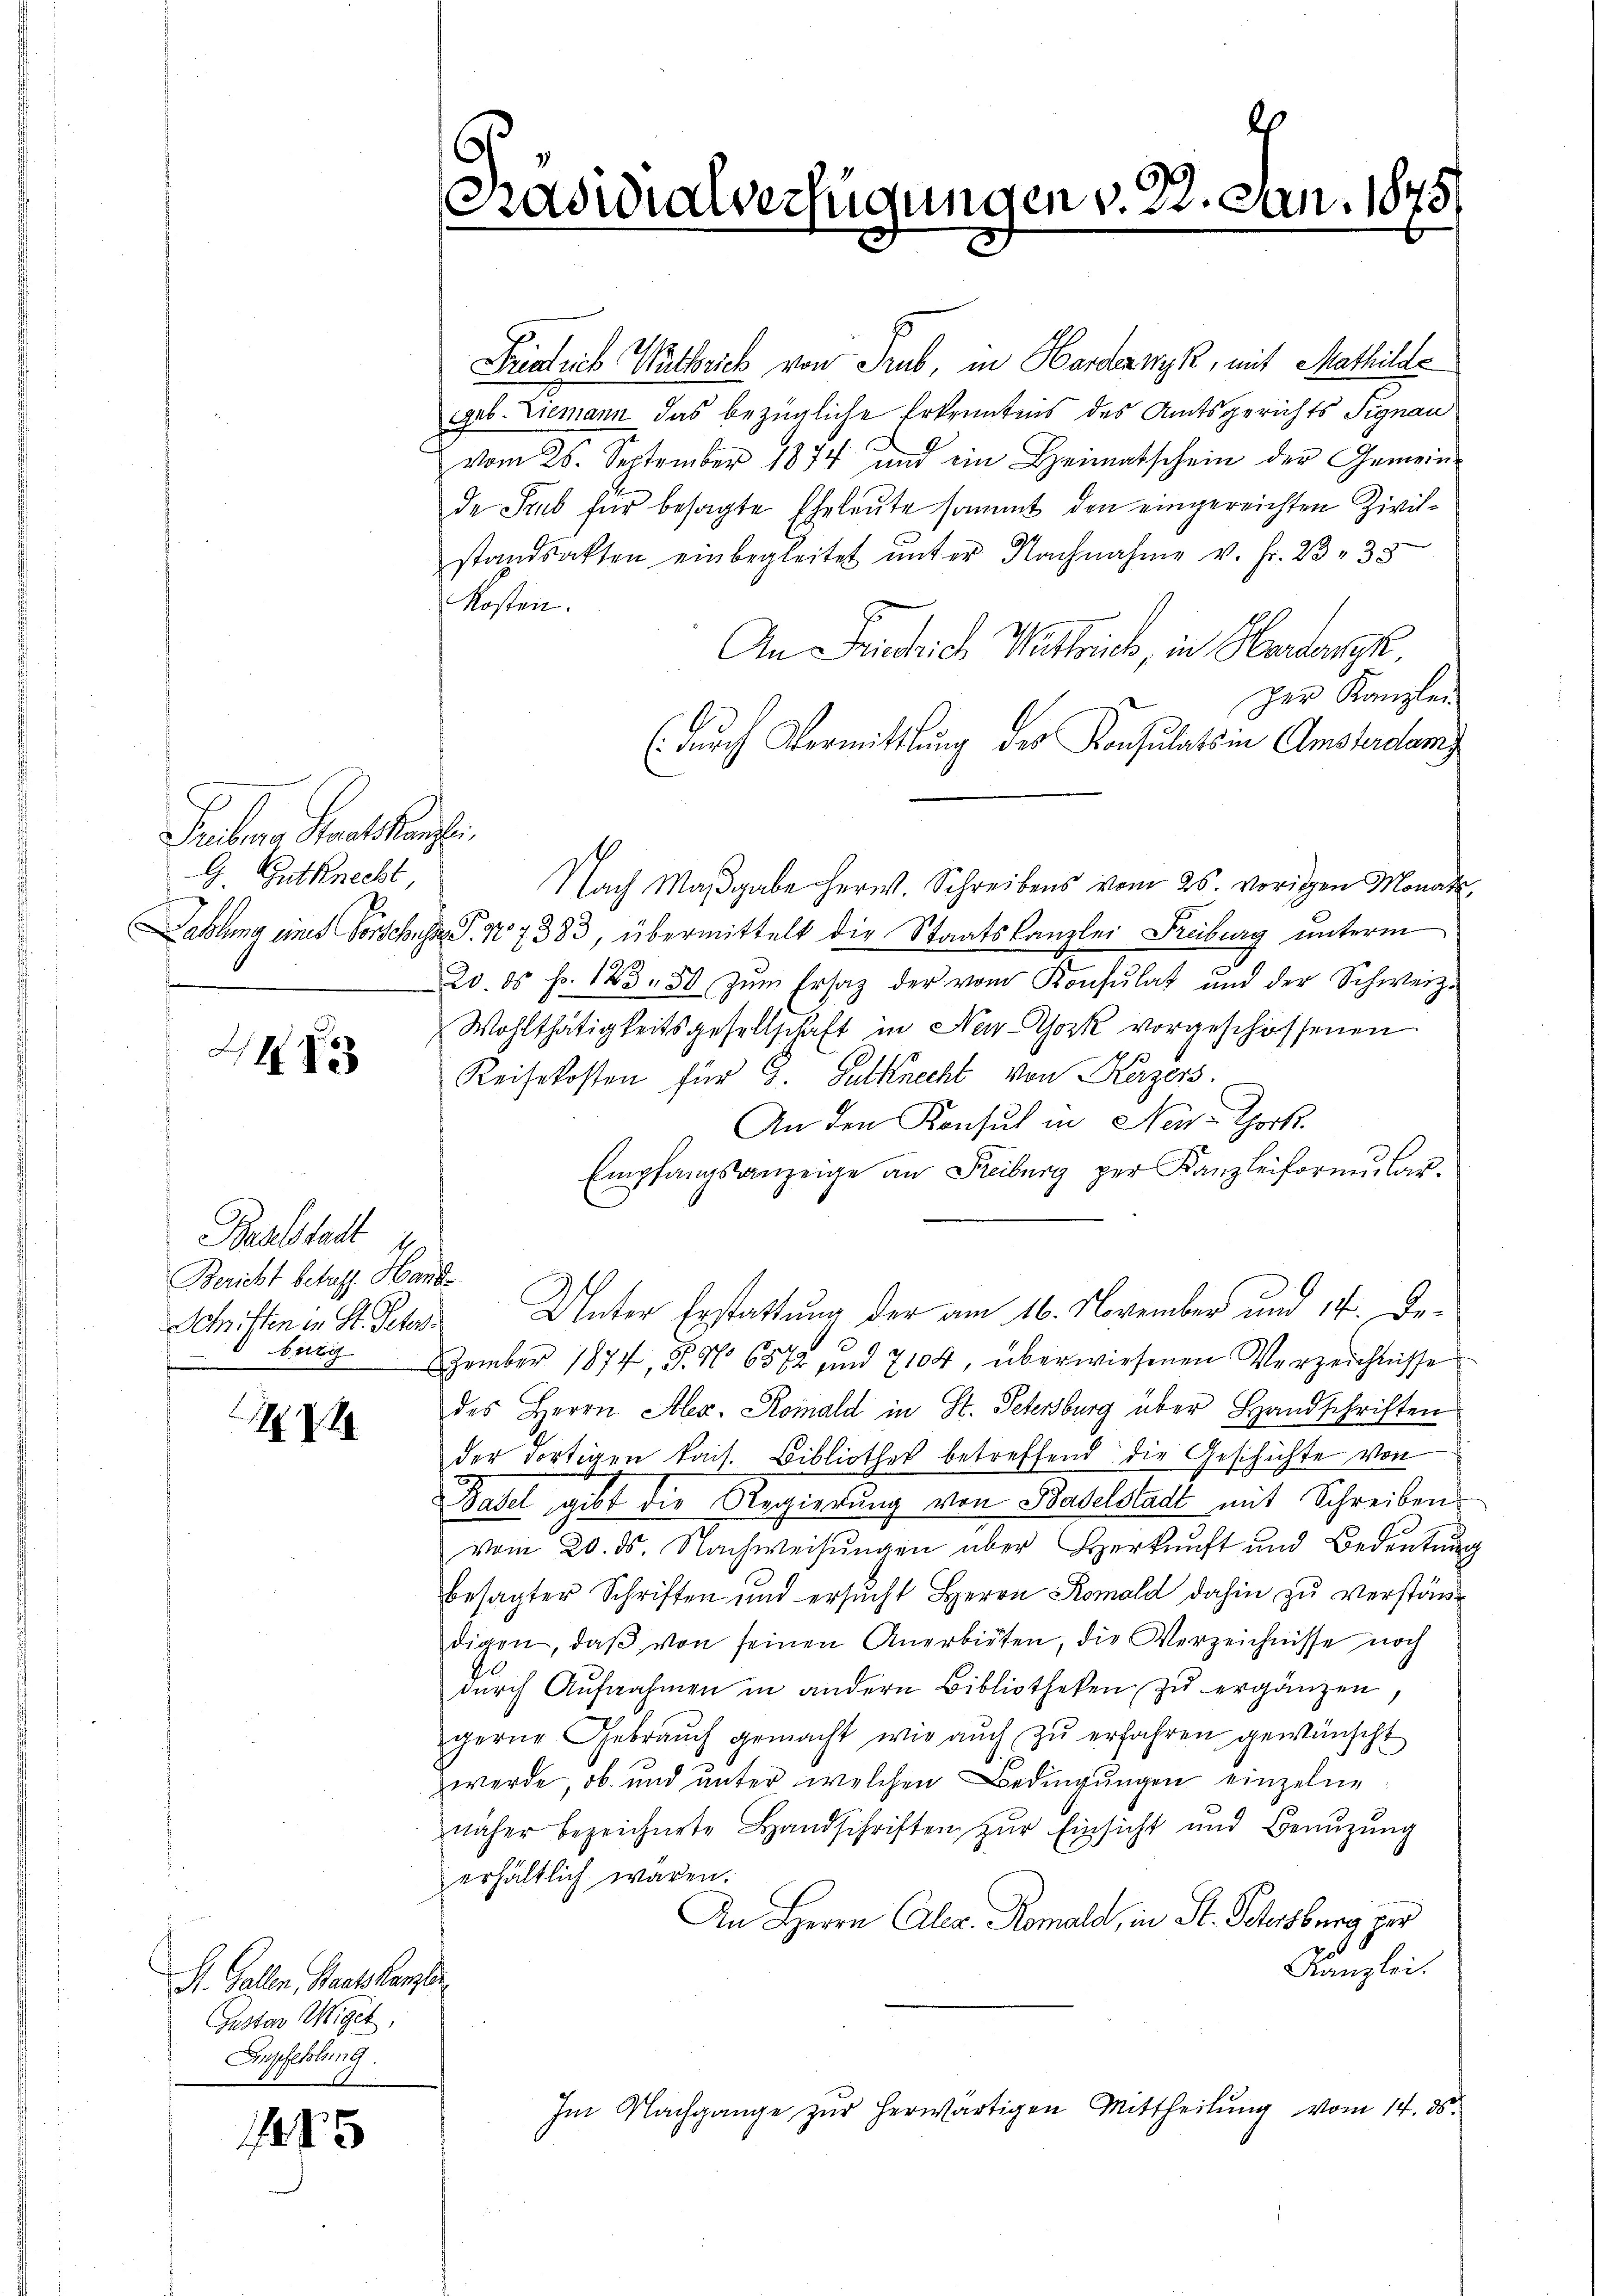
Freiben Staatskanzle
G. Gutknecht

HHe

Baselstadt u
Bericht betreff. Hand
Schriften in St. Peter

17

S. Gallen, Staatskanzler
Gustav Wiget,
Empfehlung.

Friedrich Wutberich von Trub, in Hardanyk, mit Mathilde
geb. Diemann das bezügliche Erkenntnis des Amtsgerichts Signau
vom 25. September 1874 und ein Heimatschein der Gemein-
de Stub für besagte Eheleute sammt den eingereichten Zivilstandsakten einbegleitet unter Nachnahme v. Fr. 23 33
Kosten.
An Frieschrich Wattrick, in Herberg.
zer Kanzlei
(durch Vermittlung des Konsulats in Amsterdam
Nach Maβgabe herw. Schreibens vom 25. vorischen Monate¬
Dahlung eines Vorschuss, S. 47383, übermittelt die Staatskanzlei Freiburg unterm
20. ds. fr. 183. 50 zŭm Ersatz der vom Konsŭlat und der Schweiz.
Wohlthätigkeitsgesellschaft in New-York vorgeschossenen
Reisekosten für J. Gutknecht von Kerzers.
An den Konsul in Ner-Thock.
Empfangsanzeige an Freiburg per Kanzleiformular-
Unter Erstattung der am 16. November und 14. De¬
 bang ember 1874, S. Nr. 6572 und 7104, überwiesenen Verzeichnisse
des Herrn Alex. Komald in St. Petersburg über Handschriften
der dortigen kais. Bibliothek betreffend die Geschichte von
Basel gibt die Regierung von Baselstadt mit Schreiben
vom 20. ds. Nachweisungen über Herkunft und Bedeutung
besagter Schriften und ersucht Herrn Komald dahin zu verständigen, daβ von seinen Anerbieten, die Verzeichnisse noch
dŭrch Aufnahmen in andern Bibliotheken zŭ ergänzen,
gerne Gebrauch gemacht, wie aŭch zŭ erfahren gewünscht
werde, ob und unter welchen Bedingungen einzelne
näher bezeichnete Handschriften zŭr Einsicht und Benŭtzŭng
erhältlich wären.
An Herrn Aller. Romala, in St. Schersburg zur
Kanzlei.
Im Nachgange zur herwärtigen Mittheilung vom 14. ds.

2
Cradidialverfügungen v. 2. Jan. 1878